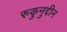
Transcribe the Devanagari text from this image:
रुकुनुद्दीन